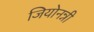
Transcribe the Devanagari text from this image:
जियोनन्नी